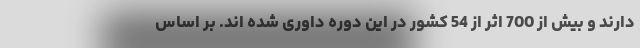
دارند و بیش از 700 اثر از 54 کشور در این دوره داوری شده اند. بر اساس